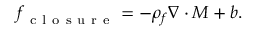
\boldsymbol { f } _ { \mathrm { ~ c ~ l ~ o ~ s ~ u ~ r ~ e ~ } } = - \rho _ { f } \nabla \cdot \boldsymbol { M } + \boldsymbol { b } .